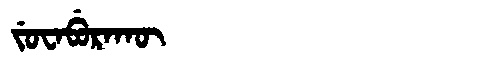
Manchu: ᠵᡠᠸᠠᠪᡠᡵᠠᡴᡡ
Romanization: JUWABURAKŪ